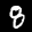
Label: 8